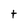
Character: t